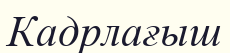
Кадрлағыш